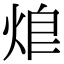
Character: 𤈥